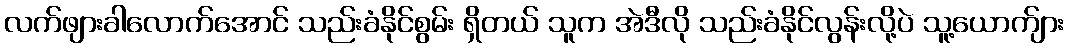
လက်ဖျားခါလောက်အောင် သည်းခံနိုင်စွမ်း ရှိတယ် သူက အဲဒီလို သည်းခံနိုင်လွန်းလို့ပဲ သူ့ယောက်ျား